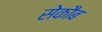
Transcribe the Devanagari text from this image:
सेकौब